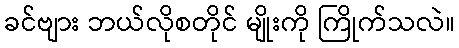
ခင်ဗျား ဘယ်လိုစတိုင် မျိုးကို ကြိုက်သလဲ။